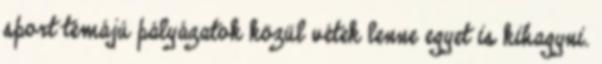
sport témájú pályázatok közül vétek lenne egyet is kihagyni.